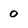
Character: 0